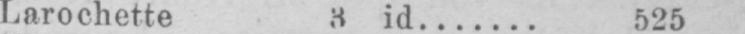
Larochette 3 id....... 525